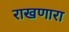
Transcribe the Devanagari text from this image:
राखणारा